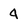
Character: 4